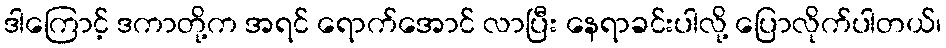
ဒါကြောင့် ဒကာတို့က အရင် ရောက်အောင် လာပြီး နေရာခင်းပါလို့ ပြောလိုက်ပါတယ်၊